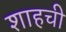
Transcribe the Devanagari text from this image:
शाहची